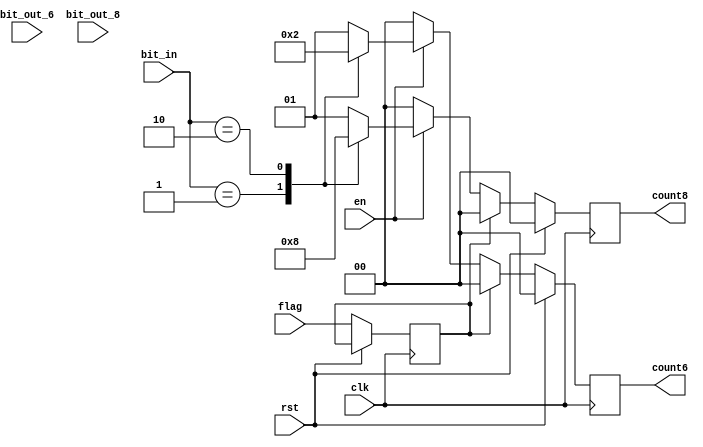
`timescale 1ns / 1ps
//////////////////////////////////////////////////////////////////////////////////
// Company: 
// Engineer: 
// 
// Design Name: 
// Module Name: detect1
// Project Name: 
// Target Devices: 
// Tool Versions: 
// Description: 
// 
// Dependencies: 
// 
// Revision:
// Revision 0.01 - File Created
// Additional Comments:
// 
//////////////////////////////////////////////////////////////////////////////////


module detect4(
input clk,
input rst,
input en,
input flag,
input [1:0] bit_in,
input [1:0] bit_out_6,
input [1:0] bit_out_8,
output reg [1:0] count6,
output reg [1:0] count8
    );
reg flag_detect;
always @(posedge clk)
begin
    if(rst)
    begin
        count6 <= 0;
        count8 <= 0;
    end
    else
    begin
        flag_detect <= flag;
    if(flag_detect == 0)
    begin
        if(!en)
        begin
            count6 <= 0;
            count8 <= 0;
        end
        else
        begin
            case(bit_in)
            2'b00:
            begin
                count6 <= 2'd1;
                count8 <= 2'd1;
            end
            2'b01:
            begin
                count6 <= 2'd0;
                count8 <= 2'd2;
            end
            2'b10:
            begin
                count6 <= 2'd2;
                count8 <= 2'd0;
            end
            default:
            begin
                count6 <= 2'd1;
                count8 <= 2'd1;
            end
            endcase
        end
    end
    else
    begin
        count6 <= 0;
        count8 <= 0;
    end
end
end
endmodule